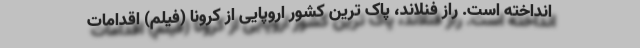
انداخته است. راز فنلاند، پاک ترین کشور اروپایی از کرونا (فیلم) اقدامات